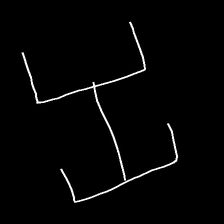
Glyph: entwine